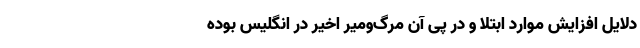
دلایل افزایش موارد ابتلا و در پی آن مرگ‌و‌میر اخیر در انگلیس بوده